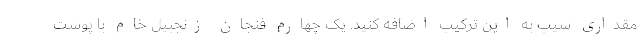
مقداری سیب به این ترکیب اضافه کنید. یک چهارم فنجان زنجبیل خام با پوست